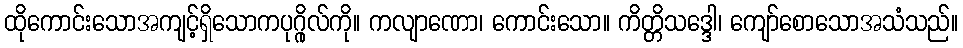
ထိုကောင်းသောအကျင့်ရှိသောကပုဂ္ဂိုလ်ကို။ ကလျာဏော၊ ကောင်းသော။ ကိတ္တိသဒ္ဒေါ၊ ကျော်စောသောအသံသည်။